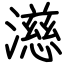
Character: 濨